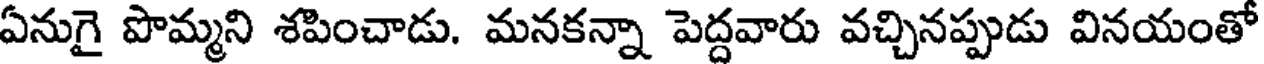
ఏనుగై పొమ్మని శపించాడు. మనకన్నా పెద్దవారు వచ్చినప్పుడు వినయంతో